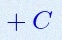
+C